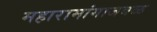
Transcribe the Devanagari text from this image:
महारामांगाजवळ